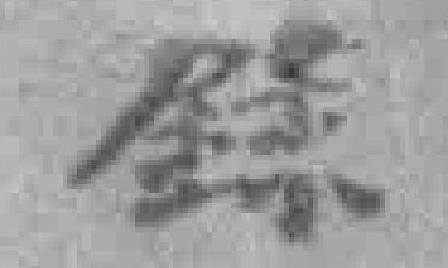
錄